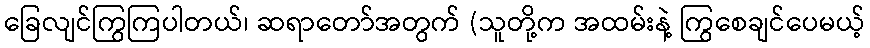
ခြေလျင်ကြွကြပါတယ်၊ ဆရာတော်အတွက် (သူတို့က အထမ်းနဲ့ ကြွစေချင်ပေမယ့်